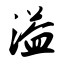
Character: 溢